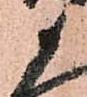
衛